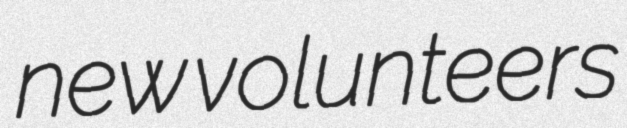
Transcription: new volunteers